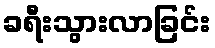
ခရီးသွားလာခြင်း